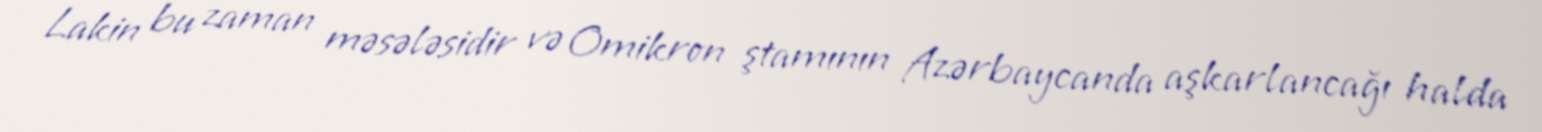
Lakin bu zaman məsələsidir və Omikron ştamının Azərbaycanda aşkarlancağı halda